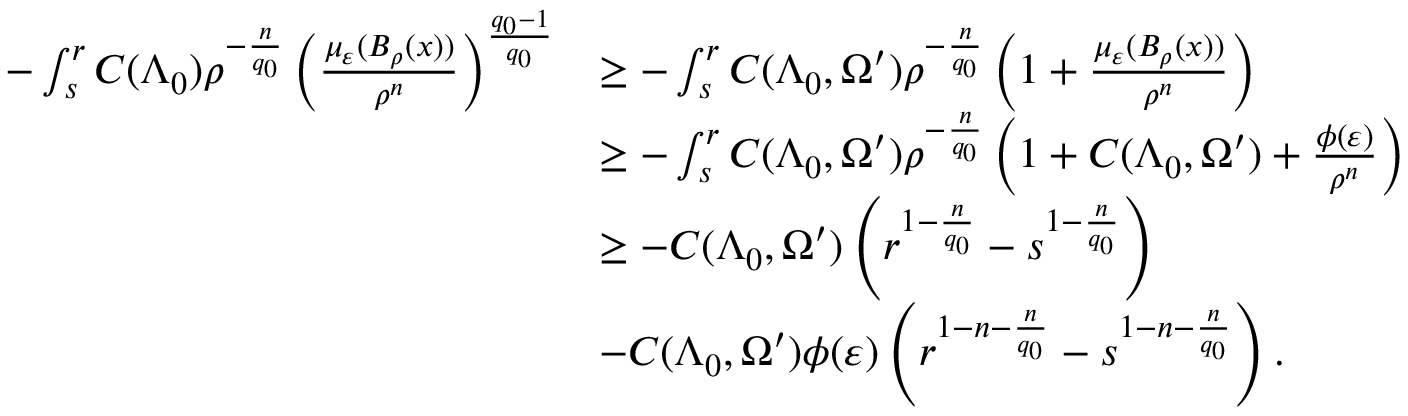
\begin{array} { r l } { - \int _ { s } ^ { r } C ( \Lambda _ { 0 } ) \rho ^ { - \frac { n } { q _ { 0 } } } \left( \frac { \mu _ { \varepsilon } ( B _ { \rho } ( x ) ) } { \rho ^ { n } } \right) ^ { \frac { q _ { 0 } - 1 } { q _ { 0 } } } } & { \geq - \int _ { s } ^ { r } C ( \Lambda _ { 0 } , \Omega ^ { \prime } ) \rho ^ { - \frac { n } { q _ { 0 } } } \left( 1 + \frac { \mu _ { \varepsilon } ( B _ { \rho } ( x ) ) } { \rho ^ { n } } \right) } \\ & { \geq - \int _ { s } ^ { r } C ( \Lambda _ { 0 } , \Omega ^ { \prime } ) \rho ^ { - \frac { n } { q _ { 0 } } } \left( 1 + C ( \Lambda _ { 0 } , \Omega ^ { \prime } ) + \frac { \phi ( \varepsilon ) } { \rho ^ { n } } \right) } \\ & { \geq - C ( \Lambda _ { 0 } , \Omega ^ { \prime } ) \left( r ^ { 1 - \frac { n } { q _ { 0 } } } - s ^ { 1 - \frac { n } { q _ { 0 } } } \right) } \\ & { - C ( \Lambda _ { 0 } , \Omega ^ { \prime } ) \phi ( \varepsilon ) \left( r ^ { 1 - n - \frac { n } { q _ { 0 } } } - s ^ { 1 - n - \frac { n } { q _ { 0 } } } \right) . } \end{array}